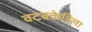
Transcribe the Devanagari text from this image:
वटक्केविला